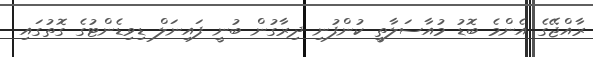
ރާއްޖޭގެ އެންމެ ބޮޑު މުއާސަލާތީ ކުންފުނި ދިރާގުން ބުނީ ފައިނަލް ޑިވިޑެންޓުގެ ގޮތުގައި